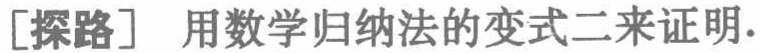
[探路] 用数学归纳法的变式二来证明.